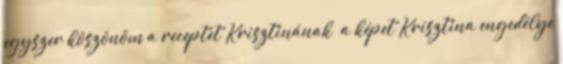
egyszer köszönöm a receptet Krisztinának a képet Krisztina engedélye